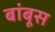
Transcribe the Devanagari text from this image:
बांबूस